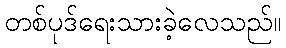
တစ်ပုဒ်ရေးသားခဲ့လေသည်။